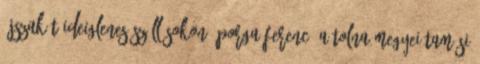
éjszakát ideiglenes szállásokon. Porga Ferenc, a Tolna megyei Tamási